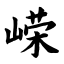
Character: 嵘